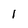
Character: 1